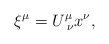
\begin{align*}\xi ^\mu =U_{\,\,\nu }^\mu x^\nu , \end{align*}